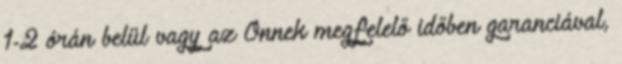
1-2 órán belül vagy az Önnek megfelelő időben garanciával,